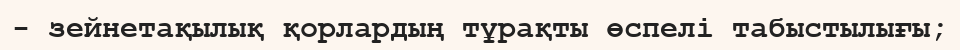
- зейнетақылық қорлардың тұрақты өспелі табыстылығы;